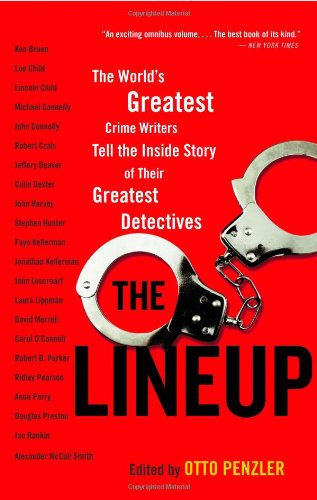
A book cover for The Lineup: The World's Greatest Crime Writers Tell the Inside Story of Their Greatest Detectives; Mystery, Thriller & Suspense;